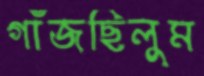
গাঁজছিলুম